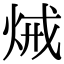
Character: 𤈪